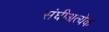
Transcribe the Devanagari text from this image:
संघीअत्येक